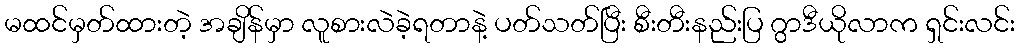
မထင်မှတ်ထားတဲ့ အချိန်မှာ လူစားလဲခဲ့ရတာနဲ့ ပတ်သတ်ပြီး စီးတီးနည်းပြ ဂွာဒီယိုလာက ရှင်းလင်း